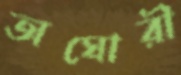
অঘোরী